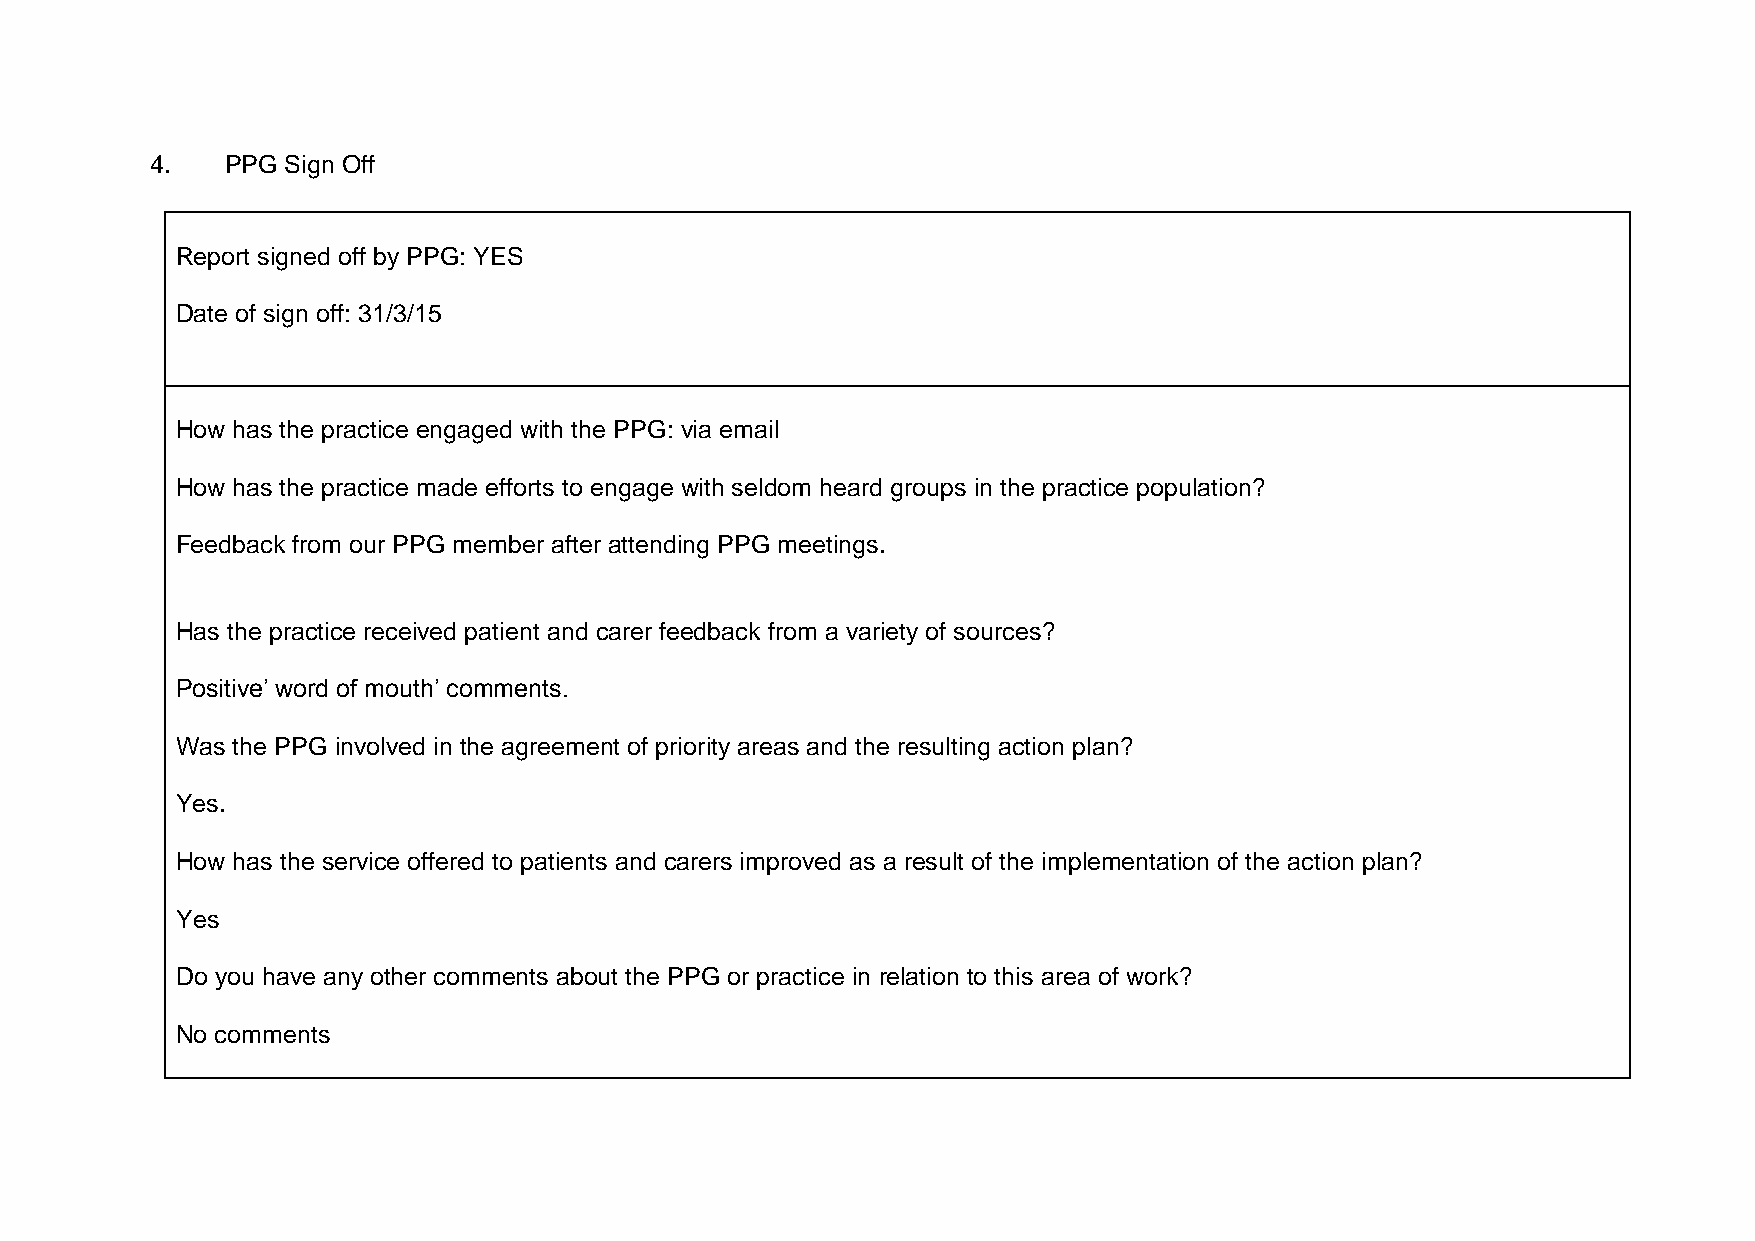
4.   PPG Sign Off
 Report signed off by PPG: YES
 Date of sign off: 31/3/15
 How has the practice engaged with the PPG: via email
 How has the practice made efforts to engage with seldom heard groups in the practice population?
 Feedback from our PPG member after attending PPG meetings.
 Has the practice received patient and carer feedback from a variety of sources?
 Positive’ word of mouth’ comments.
 Was the PPG involved in the agreement of priority areas and the resulting action plan?
 Yes.
 How has the service offered to patients and carers improved as a result of the implementation of the action plan?
 Yes
 Do you have any other comments about the PPG or practice in relation to this area of work?
 No comments